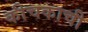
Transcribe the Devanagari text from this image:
कीचकाची